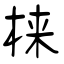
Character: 梾